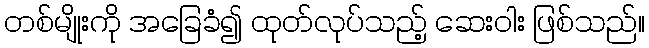
တစ်မျိုးကို အခြေခံ၍ ထုတ်လုပ်သည့် ဆေးဝါး ဖြစ်သည်။